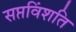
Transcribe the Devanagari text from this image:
सप्तविंशति